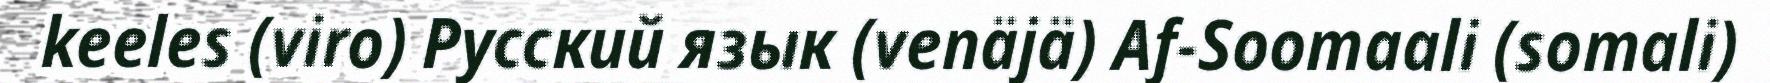
keeles (viro) Русский язык (venäjä) Af-Soomaali (somali)